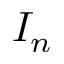
I _ { n }